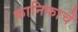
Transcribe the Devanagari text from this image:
कानिफाचें